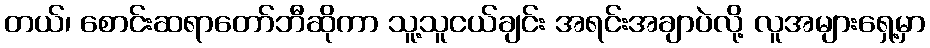
တယ်၊ စောင်းဆရာတော်ဘီဆိုကာ သူ့သူငယ်ချင်း အရင်းအချာပဲလို့ လူအများရှေ့မှာ